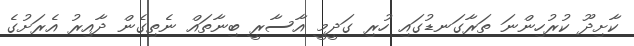
ކާށިދޫ ކުރުހިންނަ ތަރާގަނޑުގައި ހުރި ގަދީމީ އާސާރީ ބިނާތައް ނެތިގެން ދާއިރު އެރަށުގެ